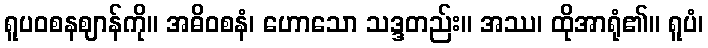
ရူပဝစနဈာန်ကို။ အဓိဝစနံ၊ ဟောသော သဒ္ဒတည်း။ အဿ၊ ထိုအာရုံ၏။ ရူပံ၊